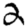
Digit: 2